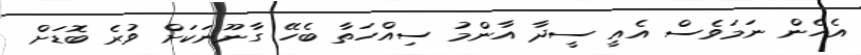
އެހެން ނަމަވެސް އެއީ ސީދާ އާންމު ސިއްހަތާ ބެހޭ ގާނޫނަކަށް ވުރެ ބޮޑަށް